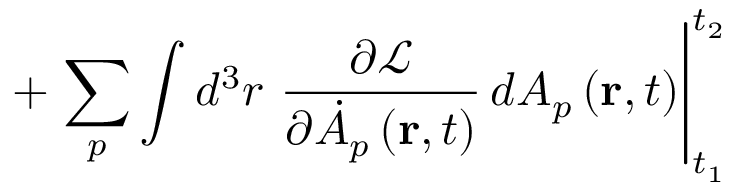
+ \left. \sum _ { p } \int d ^ { 3 } r \, \, \frac { \partial \mathcal { L } } { \partial \dot { A } _ { p } \left( \mathbf { r } , t \right) } \, d A _ { p } \left( \mathbf { r } , t \right) \right| _ { t _ { 1 } } ^ { t _ { 2 } }